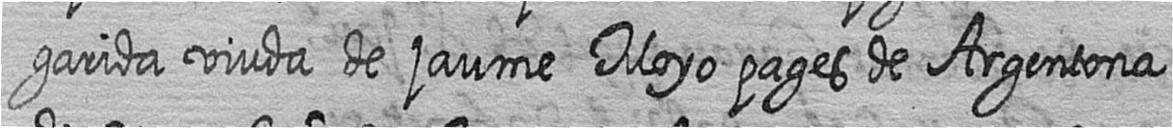
garida viuda de jaume Moyo pages de Argentona